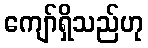
ကျော်ရှိသည်ဟု